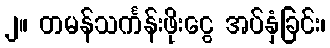
၂။ တမန်သင်္ကန်းဖိုးငွေ အပ်နှံခြင်း၊